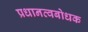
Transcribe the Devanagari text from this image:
प्रधानत्वबोधक